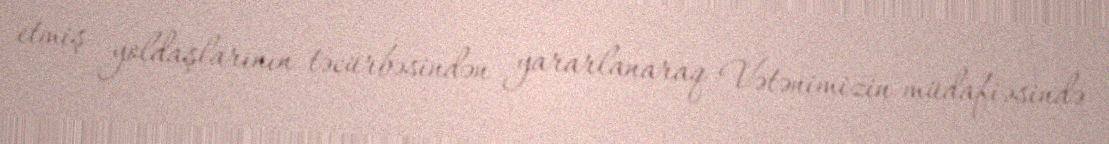
etmiş yoldaşlarının təcürbəsindən yararlanaraq Vətənimizin müdafiəsində